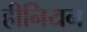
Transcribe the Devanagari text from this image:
हीनियन